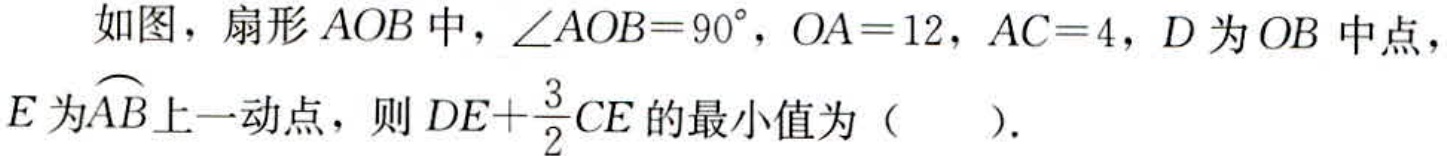
如图，扇形\(AOB\)中，\(\angle AOB = 90^{\circ}\)，\(OA = 12\)，\(AC = 4\)，\(D\)为\(OB\)中点，\(E\)为\(\overset{\frown}{AB}\)上一动点，则\(DE + \frac{3}{2}CE\)的最小值为（  ）.